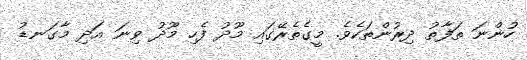
ހުންނަ ތަފާތު ދިރުންތަކެވެ. މީގެތެރޭގައި މޫދު ފެހި މޫދު ވިނަ އަދި މާގަނޑު